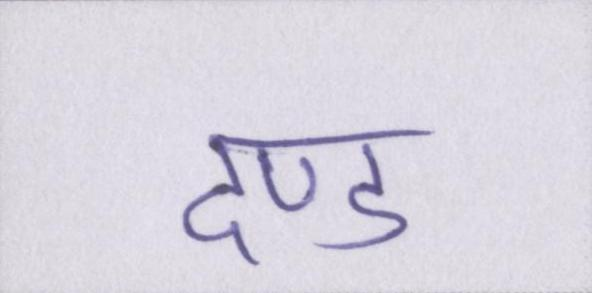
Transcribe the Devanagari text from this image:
दण्ड